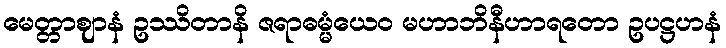
မေတ္တာဈာနံ ဥဿိတာနိ ဇရာဓမ္မံယေဝ မဟာဘိနီဟာရတော ဥပဋ္ဌဟနံ